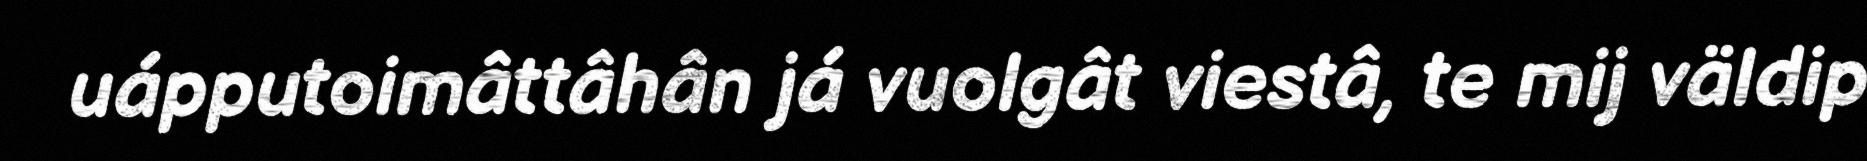
uápputoimâttâhân já vuolgât viestâ, te mij väldip